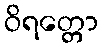
ဝိရတ္တော